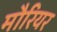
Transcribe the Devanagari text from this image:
मौरियर